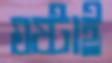
ঘষ্‌টাই